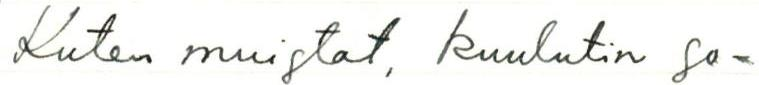
Kuten muistat, kuulutin so-